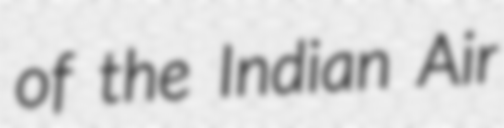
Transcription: of the Indian Air